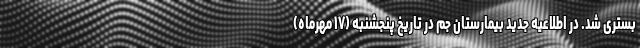
بستری شد. در اطلاعیه جدید بیمارستان جم در تاریخ پنجشنبه (۱۷ مهرماه)